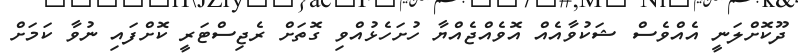
ދޫކޮށްލަނީ އެއްވެސް ޝަކުވާއެއް އޮވެއްޖެއްޔާ ހުށަހެޅުއްވި ގޮތަށް ރެޖިސްޓަރީ ކޮށްފައި ނުވާ ކަމަށް